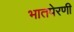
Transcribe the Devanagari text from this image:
भातपेरणी